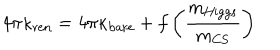
4 \pi \kappa _ { \mathrm { r e n } } = 4 \pi \kappa _ { \mathrm { b a r e } } + f \left( { \frac { m _ { \mathrm { H i g g s } } } { m _ { \mathrm { C S } } } } \right)